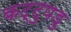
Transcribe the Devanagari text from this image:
कट्टुपडु